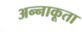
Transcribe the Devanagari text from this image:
अन्‍नाकूता